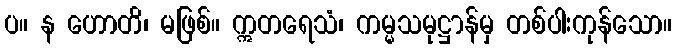
ပ။ န ဟောတိ၊ မဖြစ်။ ဣတရေသံ၊ ကမ္မသမုဋ္ဌာန်မှ တစ်ပါးကုန်သော။